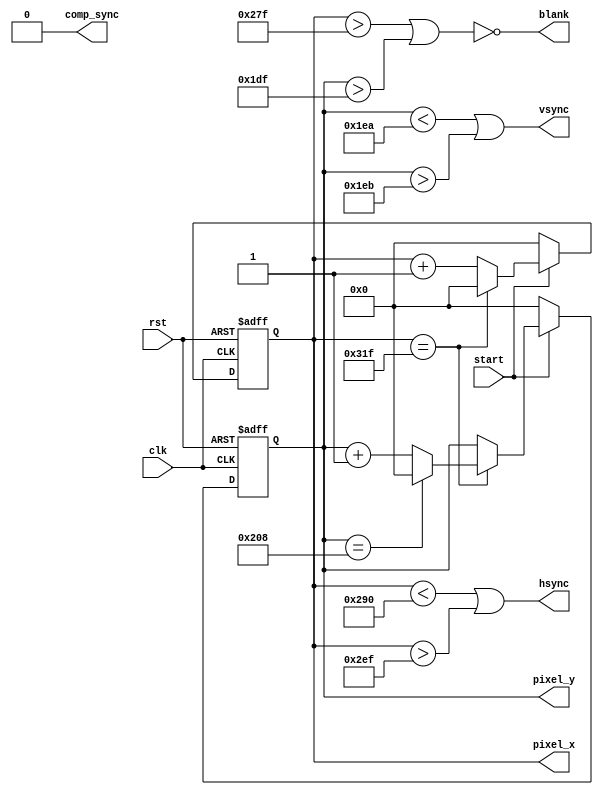
`timescale 1ns / 1ps
//////////////////////////////////////////////////////////////////////////////////
// Company: ECE554
// 
// Design Name: 	
// Module Name:    vga_logic 
// Project Name: Miniproject 2 - VGA
// Target Devices: Virtex-5
// Tool versions: 
// Description: 
//
// Dependencies: 
//
// Revision: 
// Revision 0.01 - File Created
// Additional Comments: 
// Takes in clk and start signal; outputs timing signals for horizontal and vertical
// Including blank time and front/back porch, etc.
//////////////////////////////////////////////////////////////////////////////////
module vga_logic(clk, rst, blank, comp_sync, hsync, vsync, pixel_x, pixel_y, start);
    input clk;
    input rst;
    input start; // wait until this signal high to do anything
	output blank;
	output comp_sync;
    output hsync;
    output vsync;
    output [9:0] pixel_x;
    output [9:0] pixel_y;
	 
	reg [9:0] pixel_x;
	reg [9:0] pixel_y;
	 
	// pixel_count logic
	wire [9:0] next_pixel_x;
	wire [9:0] next_pixel_y;
	assign next_pixel_x = (pixel_x == 10'd799)? 0 : pixel_x+1;
	assign next_pixel_y = (pixel_x == 10'd799)?
	                             ((pixel_y == 10'd520) ? 0 : pixel_y+1)
										  : pixel_y;
	 
	// Handle reset or delay, assign pixel value
	always@(posedge clk, posedge rst) begin
	   if(rst) begin
		  pixel_x <= 10'h0;
		  pixel_y <= 10'h0;
		end else if(!start) begin
		  pixel_x <= 10'h0;
		  pixel_y <= 10'h0;
		end
		else begin
		  pixel_x <= next_pixel_x;
		  pixel_y <= next_pixel_y;
		end
	end
	// Assign timing value to signals based on which value we are at
	assign hsync = (pixel_x < 10'd656) || (pixel_x > 10'd751); // 96 cycle pulse
	assign vsync = (pixel_y < 10'd490) || (pixel_y > 10'd491); // 2 cycle pulse
	assign blank = ~((pixel_x > 10'd639) | (pixel_y > 10'd479));
	assign comp_sync = 1'b0; // don't know, dont use
	 
endmodule